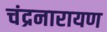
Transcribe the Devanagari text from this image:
चंद्रनारायण